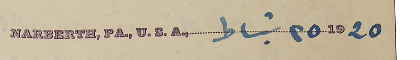
1920  ٢٥   شباط ,.NARBERTH, PA., U.S.A